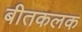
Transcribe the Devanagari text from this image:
बीतकलक